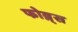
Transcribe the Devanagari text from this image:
फोब्र्स